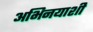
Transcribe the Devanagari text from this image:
अभिनयाशी